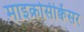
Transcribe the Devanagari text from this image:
माइक्रोसीक्वेंसर